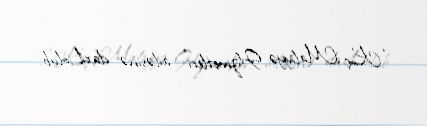
“Koç Maliyyə Hizmetleri” ailəsinə daxil olub.